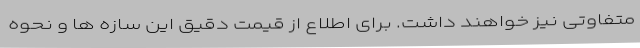
متفاوتی نیز خواهند داشت. برای اطلاع از قیمت دقیق این سازه ها و نحوه